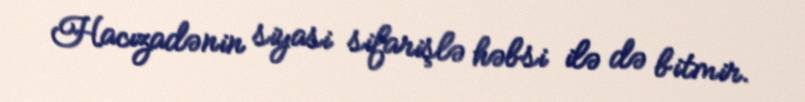
Hacızadənin siyasi sifarişlə həbsi ilə də bitmir.